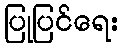
ပြုပြင်ရေး